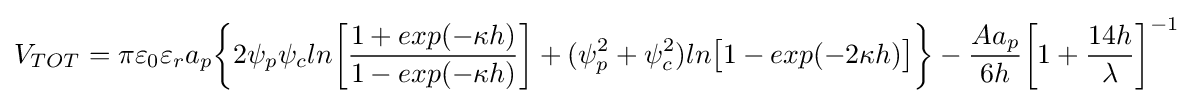
V_{TOT}=\pi \varepsilon _{0}\varepsilon _{r}a_{p}{\bigg \{}2\psi _{p}\psi _{c}ln{\bigg [}{\frac {1+exp(-\kappa h)}{1-exp(-\kappa h)}}{\bigg ]}+(\psi _{p}^{2}+\psi _{c}^{2})ln{\big [}1-exp(-2\kappa h){\big ]}{\bigg \}}-{\frac {Aa_{p}}{6h}}{\bigg [}1+{\frac {14h}{\lambda }}{\bigg ]}^{-1}